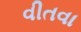
વીતવા